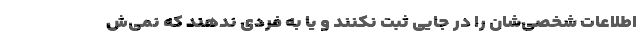
اطلاعات شخصی‌شان را در جایی ثبت نکنند و یا به فردی ندهند که نمی‌ش